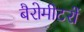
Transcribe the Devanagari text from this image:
बैरोमीटरों